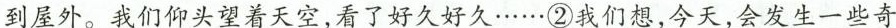
到屋外。我们仰头望着天空，看了好久好······②\underline{我们想，今天，会发生一些奇}